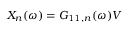
X _ { n } ( \omega ) = G _ { 1 1 , n } ( \omega ) V